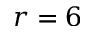
r = 6